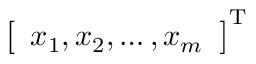
{ \left[ \begin{array} { l } { x _ { 1 } , x _ { 2 } , \dots , x _ { m } } \end{array} \right] } ^ { \mathrm { { T } } }